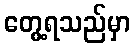
တွေ့ရသည်မှာ